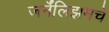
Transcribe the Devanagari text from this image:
जर्नॅलिझमचे